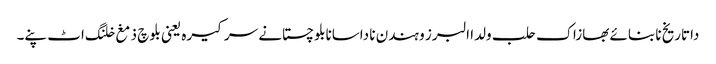
داتاریخ نا بنائے بھازاک حلب ولدا البرز و ہندن نا داسانابلوچستانے سرکیرہ یعنی بلوچ ذمغ خلنگ اٹ پنے۔